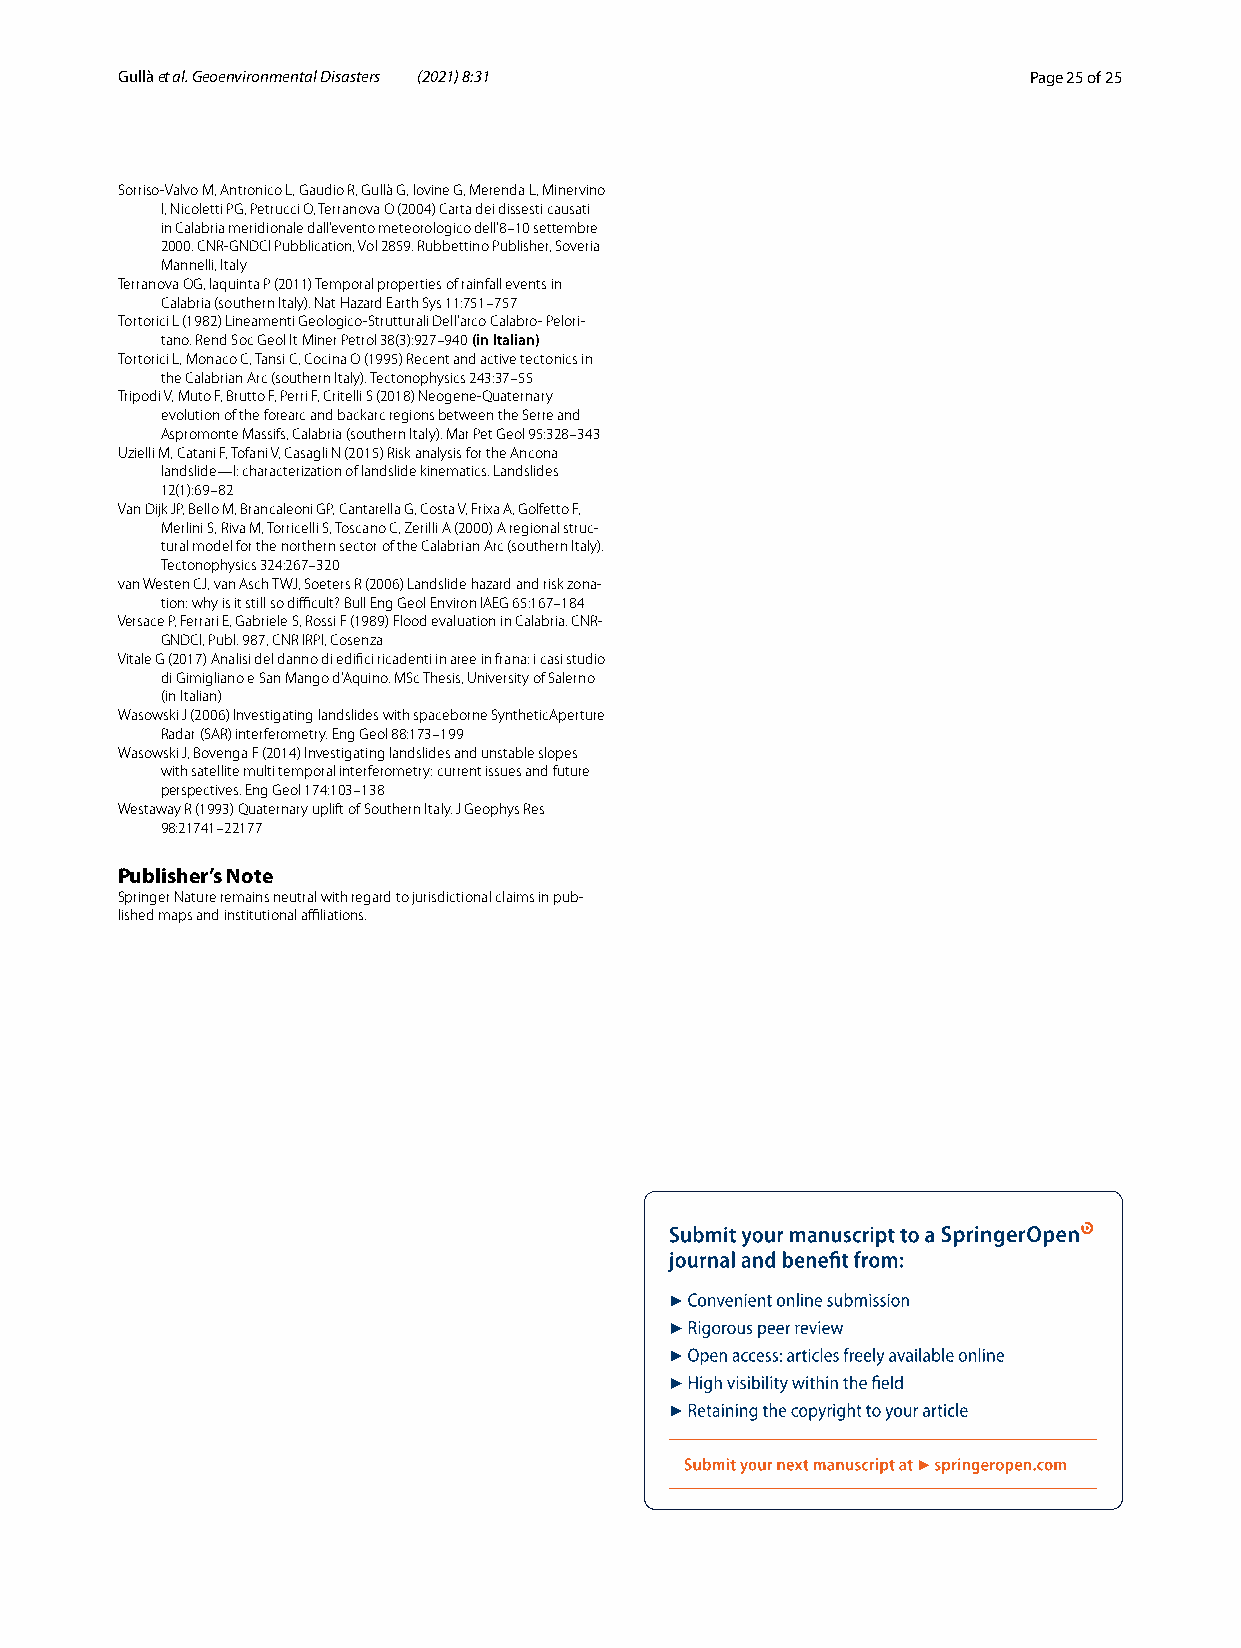
G ullà et al. Geoenvironmental Disasters (2021) 8:31        Page 25 of 25
 Sorriso-Valvo M, Antronico L, Gaudio R, Gullà G, Iovine G, Merenda L, Minervino
 I, Nicoletti PG, Petrucci O, Terranova O (2004) Carta dei dissesti causati
 in Calabria meridionale dall’evento meteorologico dell’8–10 settembre
 2000. CNR-GNDCI Pubblication, Vol 2859. Rubbettino Publisher, Soveria
 Mannelli, Italy
 Terranova OG, Iaquinta P (2011) Temporal properties of rainfall events in
 Calabria (southern Italy). Nat Hazard Earth Sys 11:751–757
 Tortorici L (1982) Lineamenti Geologico-Strutturali Dell’arco Calabro- Pelori-
 tano. Rend Soc Geol It Miner Petrol 38(3):927–940 (in Italian)
 Tortorici L, Monaco C, Tansi C, Cocina O (1995) Recent and active tectonics in
 the Calabrian Arc (southern Italy). Tectonophysics 243:37–55
 Tripodi V, Muto F, Brutto F, Perri F, Critelli S (2018) Neogene-Quaternary
 evolution of the forearc and backarc regions between the Serre and
 Aspromonte Massifs, Calabria (southern Italy). Mar Pet Geol 95:328–343
 Uzielli M, Catani F, Tofani V, Casagli N (2015) Risk analysis for the Ancona
 landslide—I: characterization of landslide kinematics. Landslides
 12(1):69–82
 Van Dijk JP, Bello M, Brancaleoni GP, Cantarella G, Costa V, Frixa A, Golfetto F,
 Merlini S, Riva M, Torricelli S, Toscano C, Zerilli A (2000) A regional struc-
 tural model for the northern sector of the Calabrian Arc (southern Italy).
 Tectonophysics 324:267–320
 van Westen CJ, van Asch TWJ, Soeters R (2006) Landslide hazard and risk zona-
 tion: why is it still so difficult? Bull Eng Geol Environ IAEG 65:167–184
 Versace P, Ferrari E, Gabriele S, Rossi F (1989) Flood evaluation in Calabria. CNR-
 GNDCI, Publ. 987, CNR IRPI, Cosenza
 Vitale G (2017) Analisi del danno di edifici ricadenti in aree in frana: i casi studio
 di Gimigliano e San Mango d’Aquino. MSc Thesis, University of Salerno
 (in Italian)
 Wasowski J (2006) Investigating landslides with spaceborne SyntheticAperture
 Radar (SAR) interferometry. Eng Geol 88:173–199
 Wasowski J, Bovenga F (2014) Investigating landslides and unstable slopes
 with satellite multi temporal interferometry: current issues and future
 perspectives. Eng Geol 174:103–138
 Westaway R (1993) Quaternary uplift of Southern Italy. J Geophys Res
 98:21741–22177
 Publisher’s Note
 Springer Nature remains neutral with regard to jurisdictional claims in pub-
 lished maps and institutional affiliations.